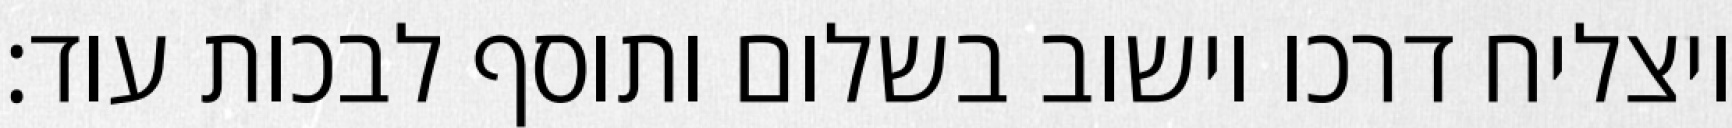
ויצליח דרכו וישוב בשלום ותוסף לבכות עוד: